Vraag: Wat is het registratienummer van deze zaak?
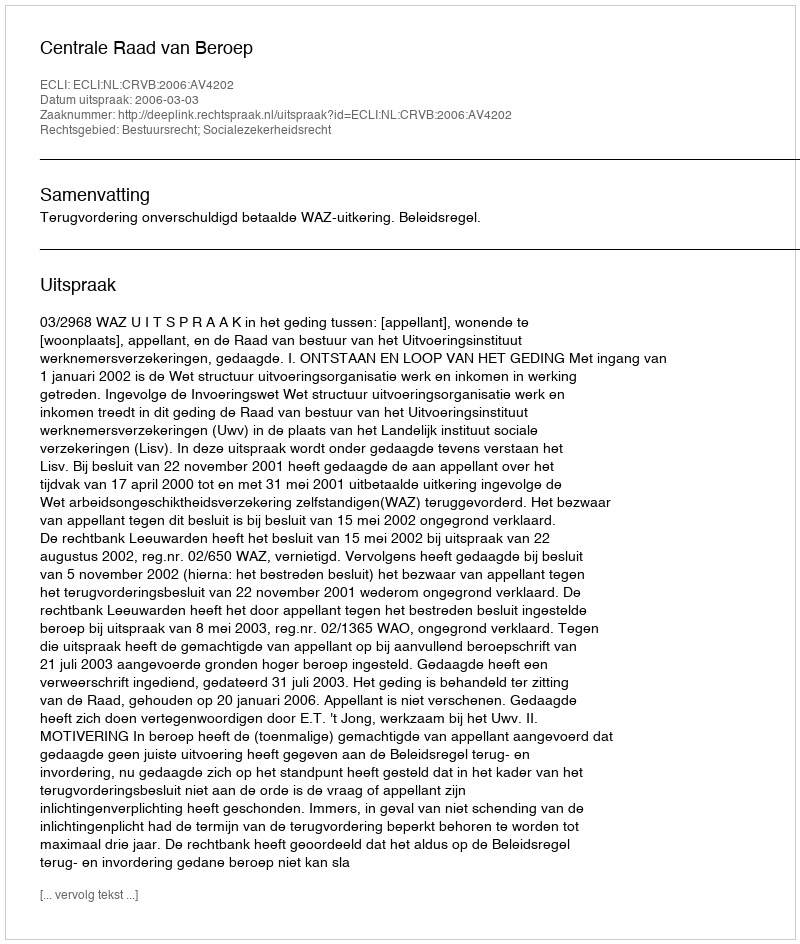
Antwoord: http://deeplink.rechtspraak.nl/uitspraak?id=ECLI:NL:CRVB:2006:AV4202